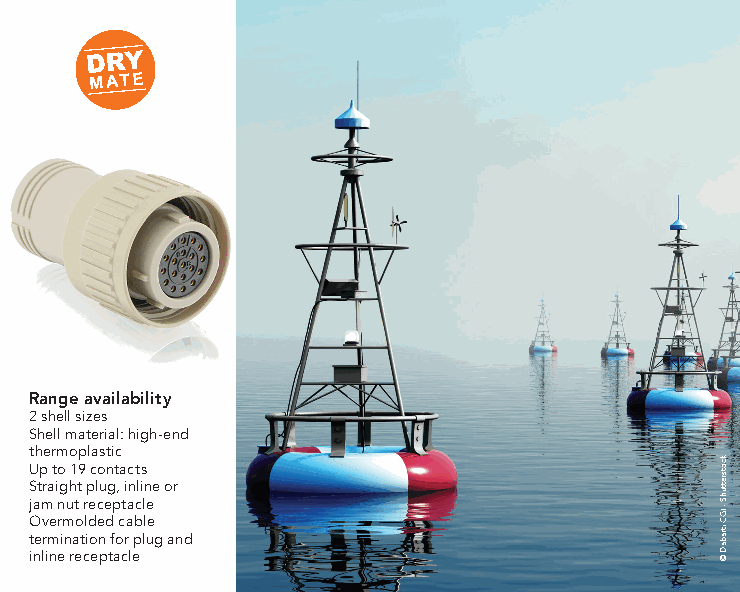
Range availability
 2 shell sizes
 Shell material: high-end
 thermoplastic
 Up to 19 contacts
 Straight plug, inline or
 jam nut receptacle
 Overmolded cable
 termination for plug and
 inline receptacle
 kcotsrettuhS
 - IGC
 itrabaD
 ©